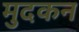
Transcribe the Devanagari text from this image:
मुदकन